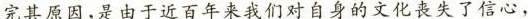
完其原因,是由于近百年来我们对自身的文化丧失了信心，